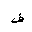
Letter: _fa